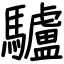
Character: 驢